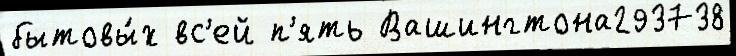
бытовы́х вс'ей п'ять Вашингтона293738